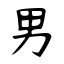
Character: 男